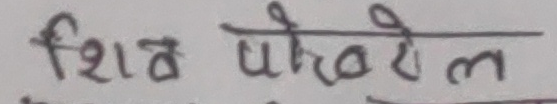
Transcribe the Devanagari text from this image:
शिव पोखरेल